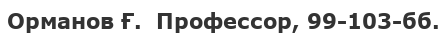
Орманов Ғ.  Профессор, 99-103-бб.